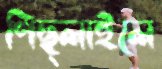
পিছ্‌লাইলে